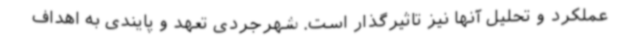
عملکرد و تحلیل آنها نیز تاثیرگذار است. شهرجردی تعهد و پایندی به اهداف